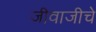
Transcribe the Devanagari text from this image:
जीवाजीचे